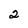
Character: 2